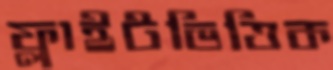
ফ্লাইটভিত্তিক